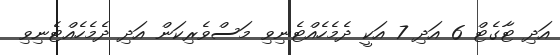
އަދި ޓާގެޓް 6 އަދި 7 އަކީ ދެމެހެއްޓެނިވި މަސްވެރިކަން އަދި ދެމެހެއްޓެނިވި